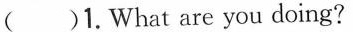
()1. What are you doing?